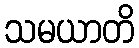
သမယာတိ